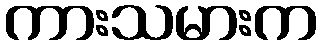
ကားသမားက